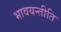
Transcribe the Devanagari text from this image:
भावयन्तीति